Bréfritari: Klemens Björnsson
Viðtakandi: Jón Borgfirðings Jónsson
Dagsetning: A-1862-03-07
Skrifað á: Borg  Kjós.

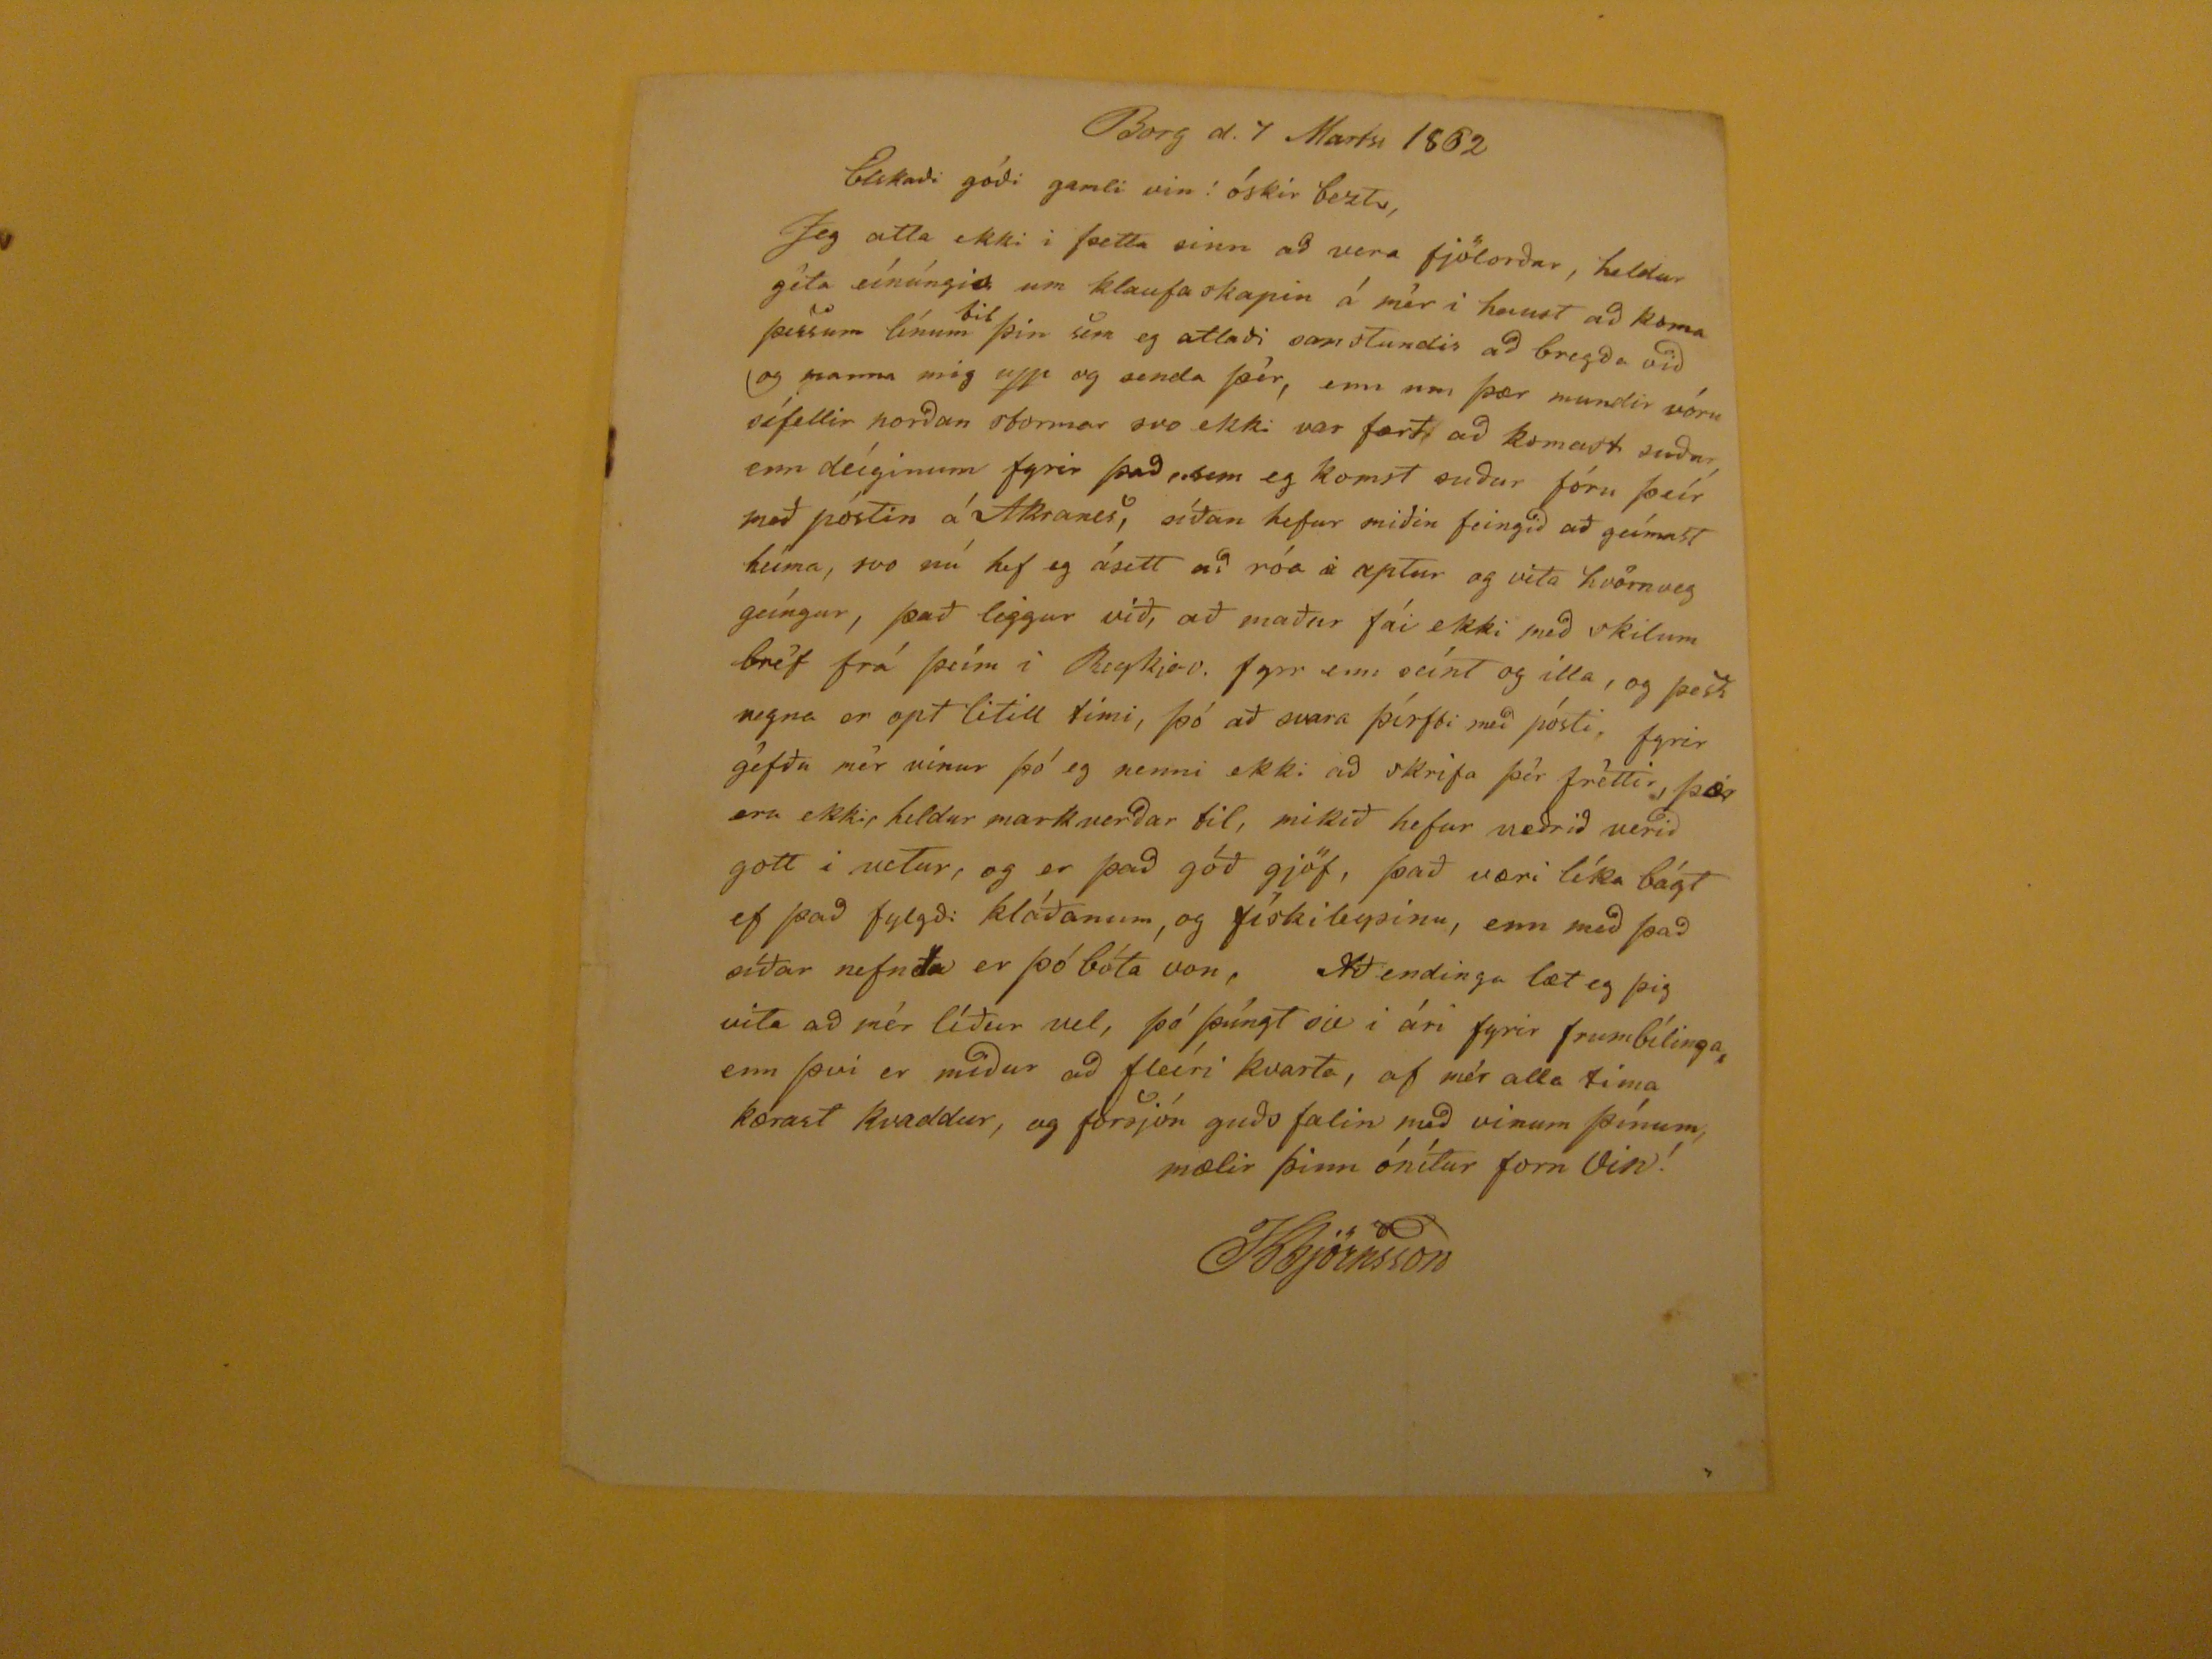

Borg d. 7 Martsi 1862
Elskaði góði gamli vin! óskir beztu, Jeg atla ekki i þetta sinn að vera fjölorðar, heldur geta eínúngis um klaufaskapin á mér i haust að koma þessum línum
til
þþín sem eg atlaði samstundis að bregða við og manna mig upp og senda þér, enn um þær mundir vóru sífellir norðan stormar svo ekki var fært að komast suður, enn deíginum fyrir þaðð
sem
eg komst suður fóru þeír með póstin á Akranes, síðan hefur miðin feingið að geímast heíma, svo nú hef eg ásett að róa
á
aptur og vita hvörnveg geíngur, það liggur við, að maður fái ekki með skilum bréf frá þeím i Reykjav. fyrr enn seínt og illa, og þess vegna er opt litill tími, þó að svara
þírfbi
með pósti, fyrirgefðu mér vinur þó eg nenni ekki að skrifa þér fréttir, þær eru ekki heldur markverðar til, mikið hefur veðrið verið gott í vetur, og er það góð gjöf, það væri líka bágt ef það fylgði kláðanum, og fískileysinu, enn með það síðar nefnda er þó bóta von, Að endingu læt eg þig vita að mér líður vel, þó þúngt sje i ári fyrir frumbílinga enn því er miður að fleíri kvarta, af mér alla tíma kærast kvaddur, og forsjón guðs falin með vinum þínum, mælir þinn ónítur forn Vin!
KBjörnsson